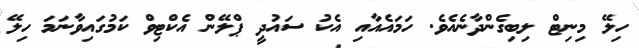
ހިލޭ މިނިޓް ލިބިގެންދާނެއެވެ. ހަމައެއާއި އެކު ސައުދީ ޕްލޭން އެކްޓިވް ކަމުގައިވާނަމަ ހިލޭ